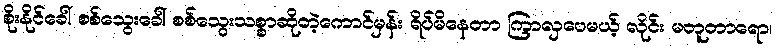
စိုးနိုင်ခေါ် စစ်သွေးခေါ် စစ်သွေးသစ္စာဆိုတဲ့ကောင်မှန်း ရိပ်မိနေတာ ကြာလှပေမယ့် လိုင်း မတူတာရော၊